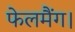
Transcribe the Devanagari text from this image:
फेलमैंग।